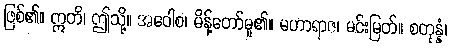
ဖြစ်၏။ ဣတိ၊ ဤသို့။ အဝေါစ၊ မိန့်တော်မူ၏။ မဟာရာဇ၊ မင်းမြတ်။ စတုန္နံ၊